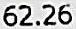
62.26